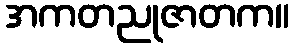
အကတညုဇာတက။